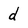
Character: d